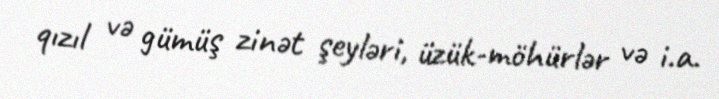
qızıl və gümüş zinət şeyləri, üzük-möhürlər və i.a.